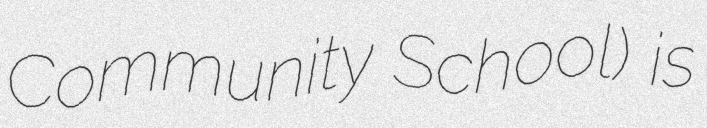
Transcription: Community School) is